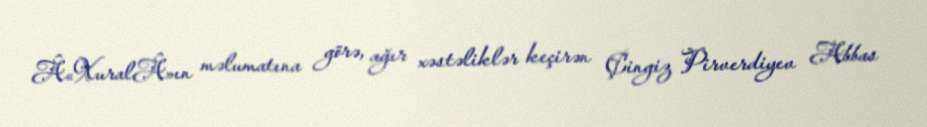
Â«XuralÂ»ın məlumatına görə, ağır xəstəliklər keçirən Çingiz Pirverdiyev Abbas